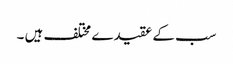
سب کے عقیدے مختلف ہیں ۔